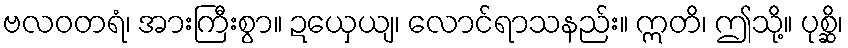
ဗလဝတရံ၊ အားကြီးစွာ။ ဍယှေယျ၊ လောင်ရာသနည်း။ ဣတိ၊ ဤသို့။ ပုစ္ဆိ၊